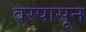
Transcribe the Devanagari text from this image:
वरपासून